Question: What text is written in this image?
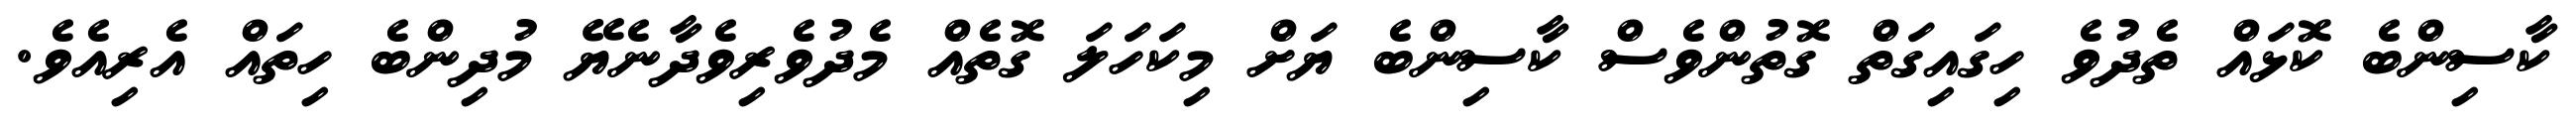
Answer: ކާސިންބެ ކޮޅައް ތެދުވެ ހިގައިގަތް ގޮތުންވެސް ކާސިންބެ ޔަށް މިކަހަލަ ގޮތެއް މެދުވެރިވެދާނެޔޭ މުދިންބެ ހިތައް އެރިއެވެ.